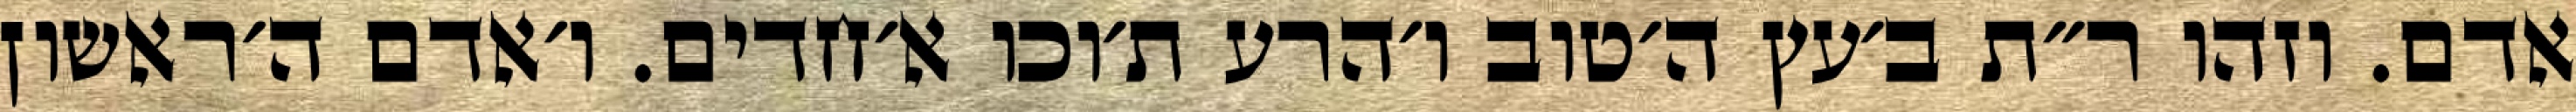
אדם. וזהו ר״ת ב׳עץ ה׳טוב ו׳הרע ת׳וכו א׳חדים. ו׳אדם ה׳ראשון